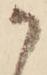
か